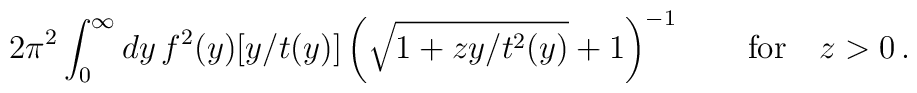
2\pi^2 \int_0^\infty dy\, f^2(y) [ y/ t(y) ] \left( \sqrt{1 + z y/ t^2(y)} + 1 \right) ^{-1} \qquad\hbox{for}\quad z > 0 \,.